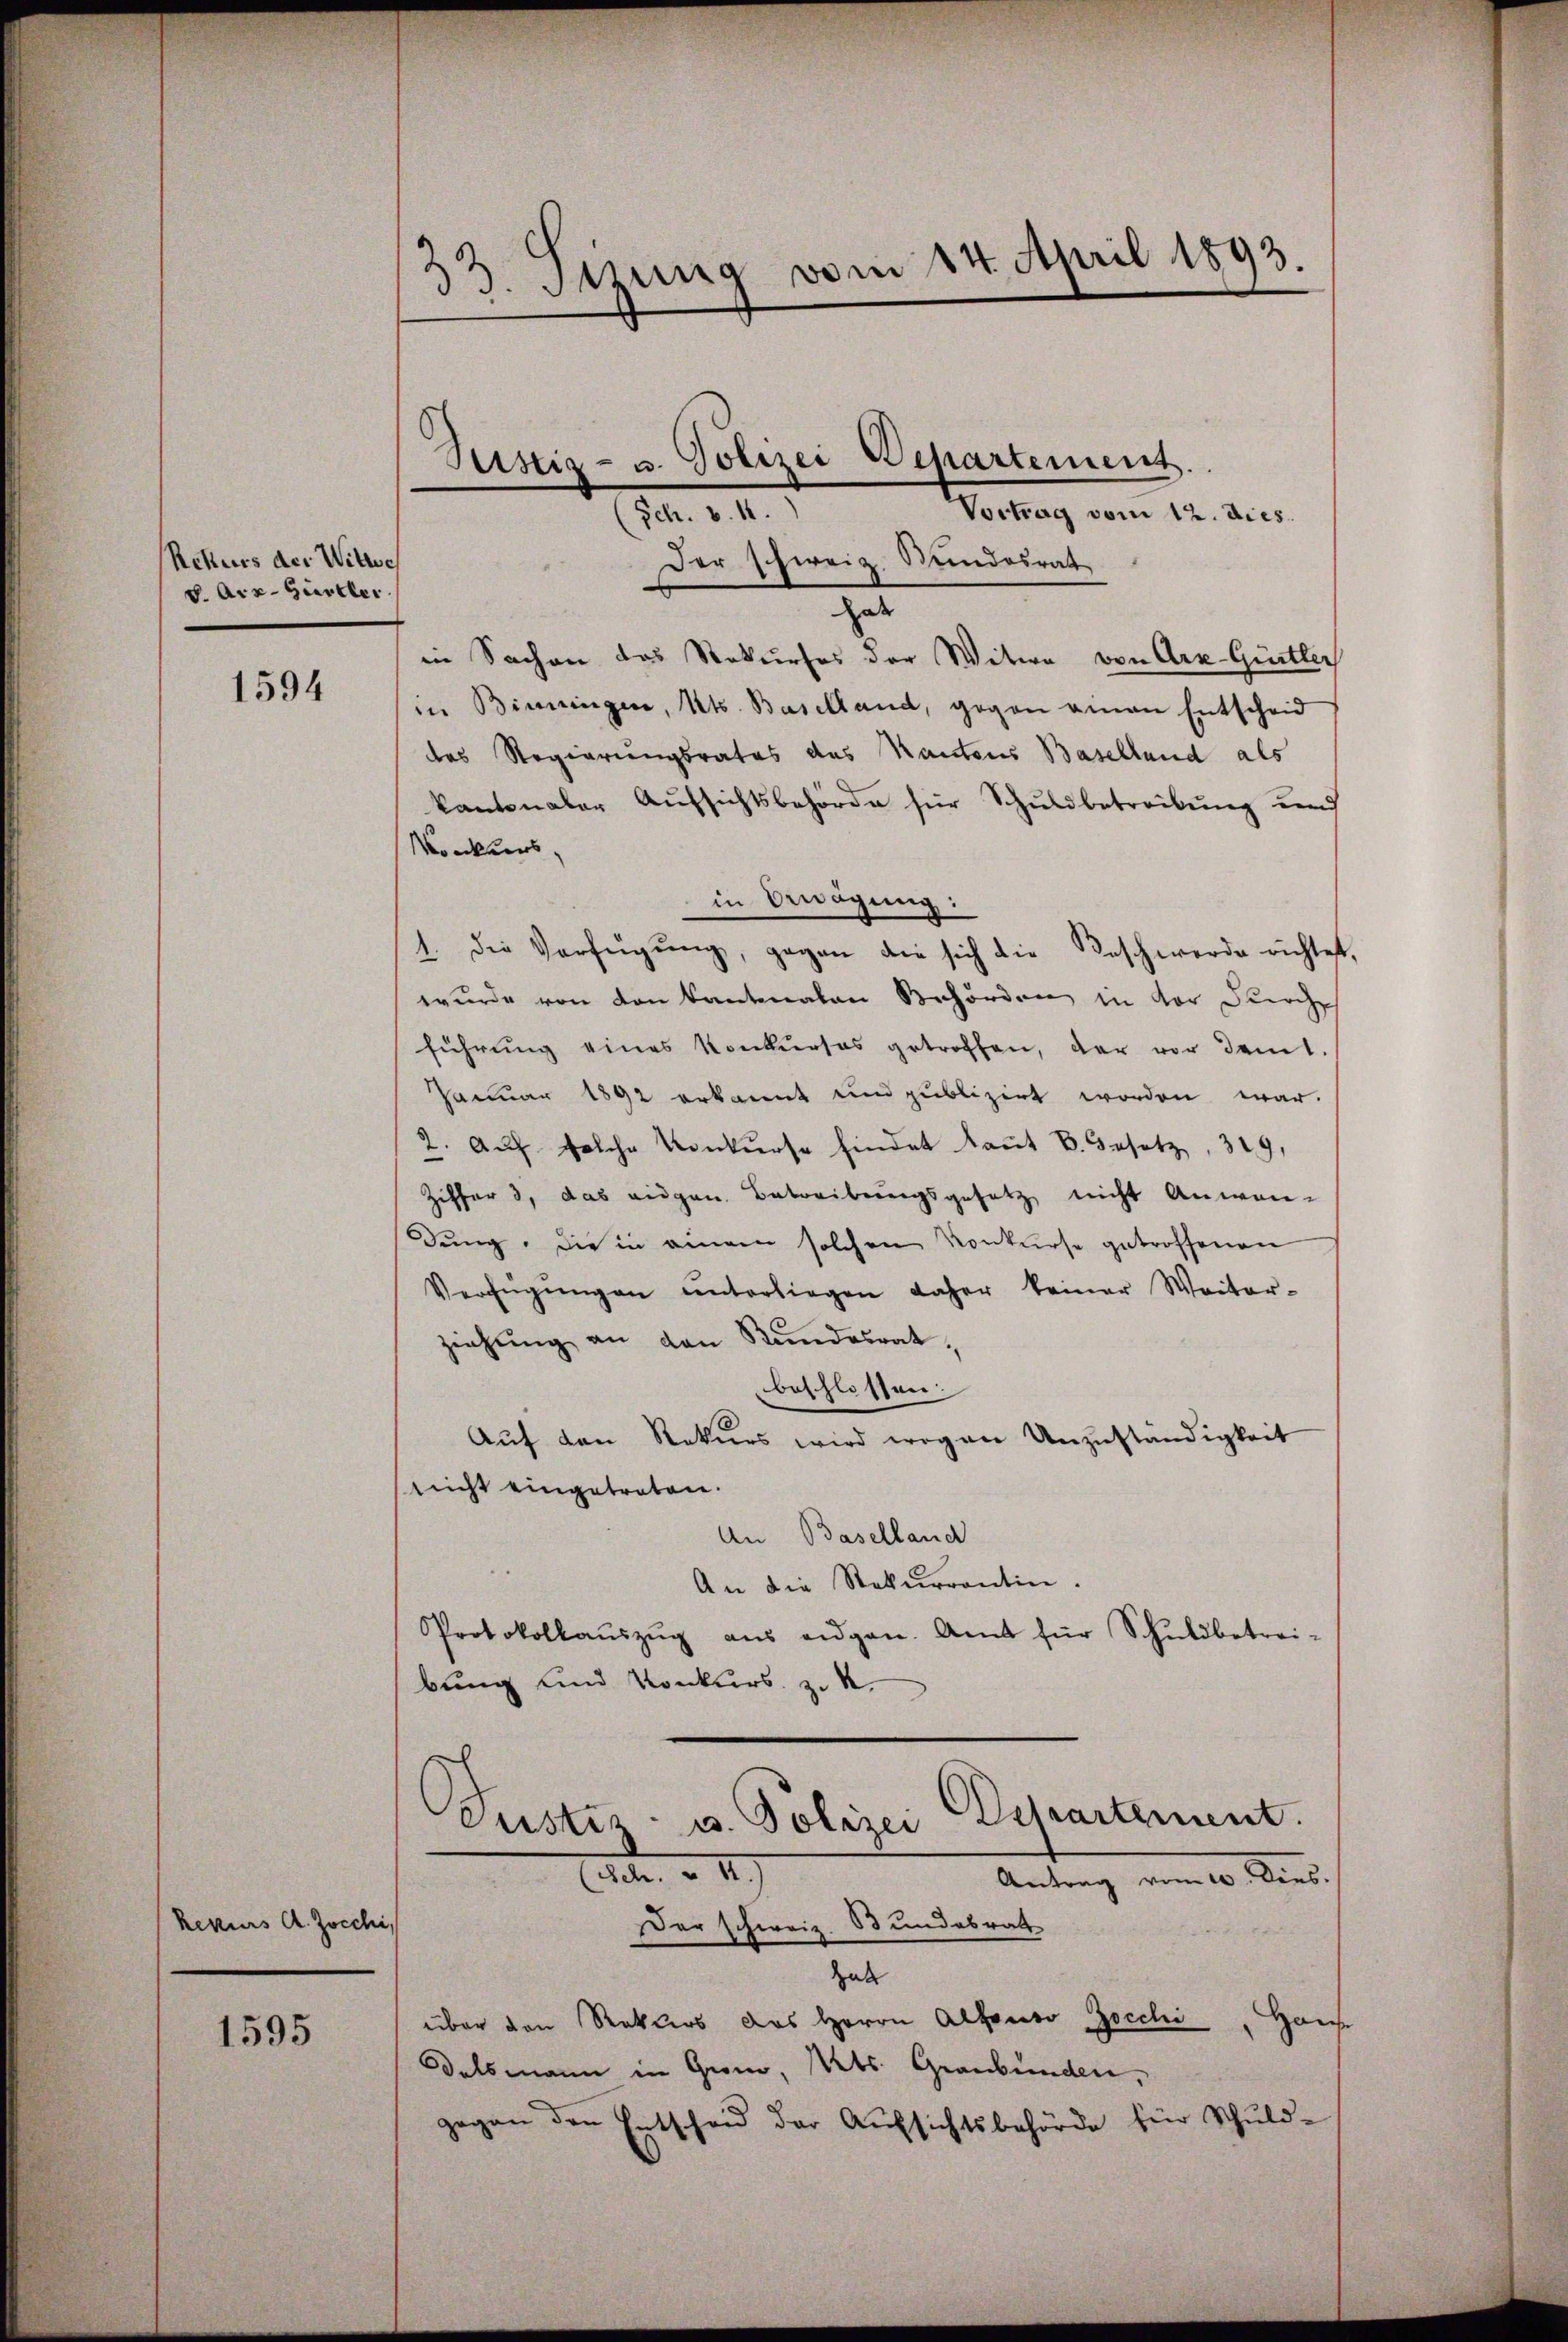
Rekurs der Witter
v. Arr-Güstler

1594

Rekurs A. Zocch

1595

33. Sitzung vom 14. April 1893.

Sch. v. 11.
Vortrag vom 12. dies
Der Schweiz. Stundesrat

hab
in Sachen das Rekurses der Witwe von Arx-Gürtler
in Binningen, Kts. Baselland, gegen amen Entscheid
das Regierungsrates das Rautens Baselland als
kantonaler Aufsichtsbehörde für Schuldbetreibung und
Konkurs,
in Bewägung:
1. die Verfügŭng, gegen die sich die Beschwerde richtet,
wurde von den kantonalen Behörden in der Durch
führung eines Konkurses getroffen, der vor damit.
Januar 1892 erkannt und publizirt worden war.
2. Aŭf solche Konkurse findet kant B. Gesetz, 329,
Ziffer 3, das eigen Betreibungsgesetz nicht Anwen-
dung. Die in einem solchen Konkurse getroffenen
Verfügŭngen ŭnterliegen daher keiner Weiter-
ziehŭng an den Stundesrat,
beschlossen.
Auf den Rekurs wird wegen Unzuständigkeit
nicht eingetreten.
An Baselland
An die Rekurrentin.
Protokollaŭszŭg aŭs eigen. Amt für Schuldbetrei-
bung und Konkurs. z. K.
Justiz- u. Polizei Departement.
det. II.
Antrag vom 10. Dies
¬
er schweiz. Bundesrath
hat
über den Rekurs des Herrn Alfondo zocchi, Haus
Dalsmann in Grom, Kts. Graubünden,
gegen den Entscheid der Aufsichtsbehörde für Schuld-

Seistig- u. Polizei Departement.